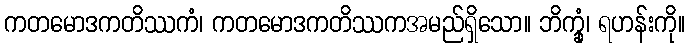
ကတမောဒကတိဿကံ၊ ကတမောဒကတိဿကအမည်ရှိသော။ ဘိက္ခုံ၊ ရဟန်းကို။